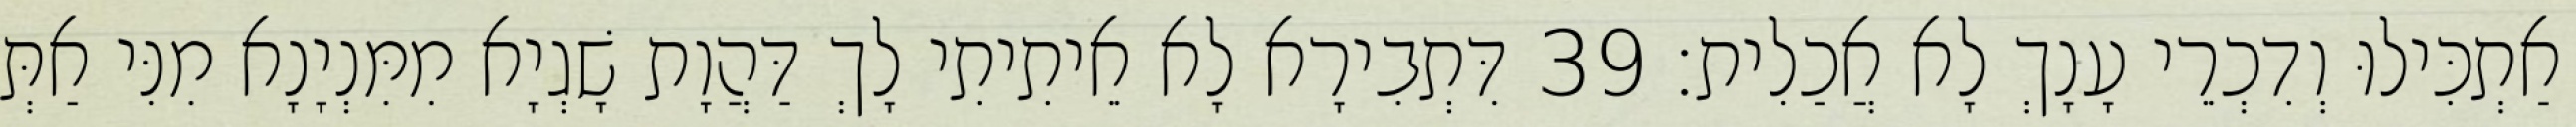
אַתְכִּילוּ וְדִכְרֵי עָנָךְ לָא אֲכַלִית׃ 39 דִּתְבִירָא לָא אֵיתִיתִי לָךְ דַּהֲוָת שָׁגְיָא מִמִּנְיָנָא מִנִּי אַתְּ